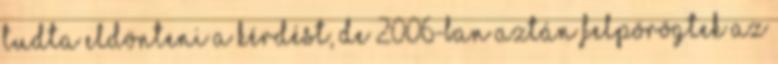
tudta eldönteni a kérdést, de 2006-ban aztán felpörögtek az